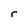
Character: r